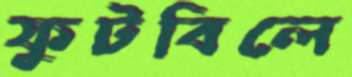
ফুটবিলে